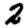
Digit: 2